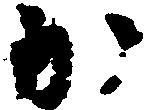
か